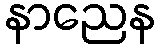
နာညေန